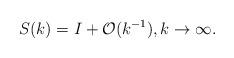
LaTeX: \begin{align*}&S(k)=I+\mathcal{O}(k^{-1}),k\rightarrow\infty.\end{align*}